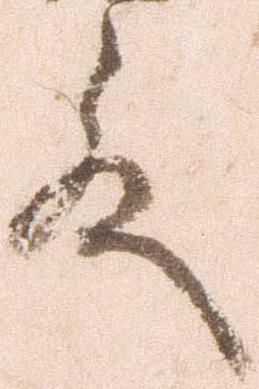
殿